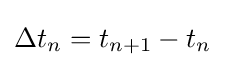
\Delta t_{n}=t_{n+1}-t_{n}